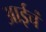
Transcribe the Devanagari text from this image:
आईचं